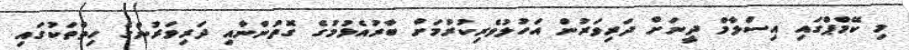
މި ކޭމްޕްގައި އިސްލާމް ދީނަށް ދަރިވަރުން އަހުލުވެރިކުރުމަށް ބާރުއެޅުމުގެ ގޮތުންނާއި ދަރިވަރުންގެ ހިތްތަކުގައި